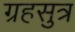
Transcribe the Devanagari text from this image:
ग्रहसुत्र